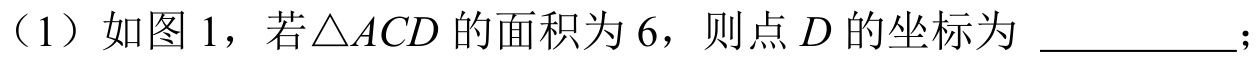
（1）如图 1，若\(\triangle ACD\) 的面积为 \(6\)，则点 \(D\) 的坐标为 \_\_\_\_\_\_\_；